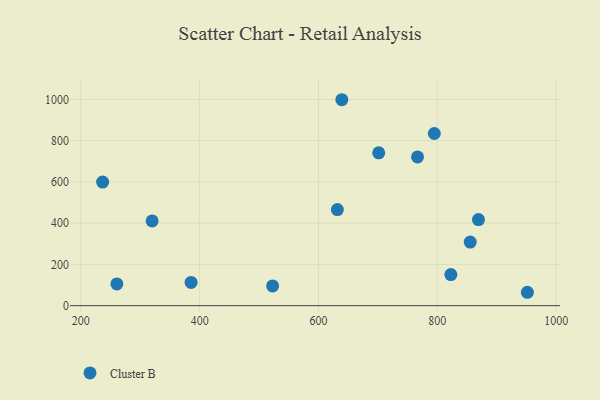
{"axis": {"x": "Engine Size", "y": "Yield"}, "legend": ["Cluster B"], "data": [{"x": "385.6", "y": 112.8, "type": "Cluster B"}, {"x": "951.6", "y": 64.9, "type": "Cluster B"}, {"x": "855.4", "y": 308.4, "type": "Cluster B"}, {"x": "822.8", "y": 150.9, "type": "Cluster B"}, {"x": "631.8", "y": 465.5, "type": "Cluster B"}, {"x": "869.3", "y": 417.3, "type": "Cluster B"}, {"x": "320.0", "y": 410.9, "type": "Cluster B"}, {"x": "639.3", "y": 998.1, "type": "Cluster B"}, {"x": "260.7", "y": 105.3, "type": "Cluster B"}, {"x": "766.7", "y": 721.1, "type": "Cluster B"}, {"x": "701.4", "y": 740.6, "type": "Cluster B"}, {"x": "236.7", "y": 599.1, "type": "Cluster B"}, {"x": "522.8", "y": 95.6, "type": "Cluster B"}, {"x": "795.0", "y": 834.5, "type": "Cluster B"}]}